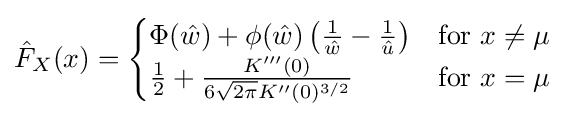
{\hat {F}}_{X}(x)={\begin{cases}\Phi ({\hat {w}})+\phi ({\hat {w}})\left({\frac {1}{\hat {w}}}-{\frac {1}{\hat {u}}}\right)&{\text{for }}x\neq \mu \\{\frac {1}{2}}+{\frac {K'''(0)}{6{\sqrt {2\pi }}K''(0)^{3/2}}}&{\text{for }}x=\mu \end{cases}}